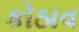
કોઠાવ